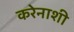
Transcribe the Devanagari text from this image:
करेेनाशी